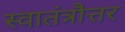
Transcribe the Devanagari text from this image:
स्वातंत्रौत्तर